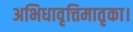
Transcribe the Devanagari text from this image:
अभिधावृत्तिमातृका।